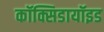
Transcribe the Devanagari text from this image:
कॉक्सिडायॉइड